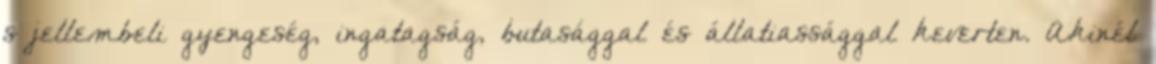
s jellembeli gyengeség, ingatagság, butasággal és állatiassággal keverten. Akinél